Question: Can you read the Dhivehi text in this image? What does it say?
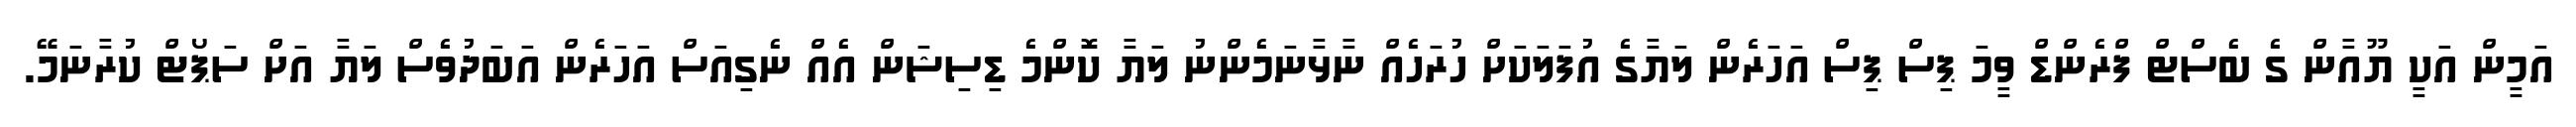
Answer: އަމީން އަކީ ޔޫއާން ގެ ބެސްޓް ފްރެންޑް ވީމަ ޕިސް ޕިސް އަހަރެން ލަޔާގެ އުފަލަކަށް ހުރަހެއް ނާޅާނަމެންނު ލަޔާ ކޮންމެ ޑިސިޝަން އެއް ނެގިއަސް އަހަރެން އަބަދުވެސް ލަޔާ އަށް ސަޕޯޓް ކުރާނަމޭ.